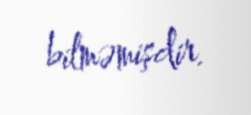
bilməmişdir.